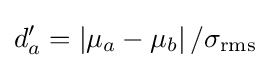
d'_{a}=\left\vert \mu _{a}-\mu _{b}\right\vert /\sigma _{\text{rms}}